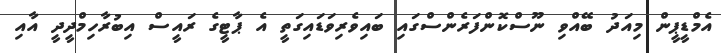
އެމްޑީޕީން މިއަދު ބޭއްވި ނޫސްކޮންފަރެންސްގައި ބައިވެރިވަޑައިގަތީ އެ ޕާޓީގެ ރައީސް އިބުރާހިމްދީދީ އާއި